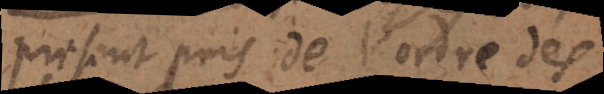
present pris de l’ordre des